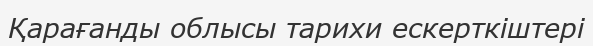
Қарағанды облысы тарихи ескерткіштері